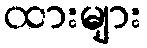
ထားများ